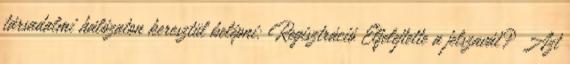
társadalmi hálózaton keresztül belépni: Regisztráció Elfelejtette a jelszavát? Azt